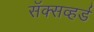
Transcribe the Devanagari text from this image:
सॅक्सव्हर्ड